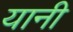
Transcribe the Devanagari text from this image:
यानी